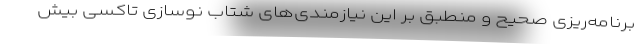
برنامه‌ریزی صحیح و منطبق بر این نیازمندی‌های شتاب نوسازی تاکسی بیش